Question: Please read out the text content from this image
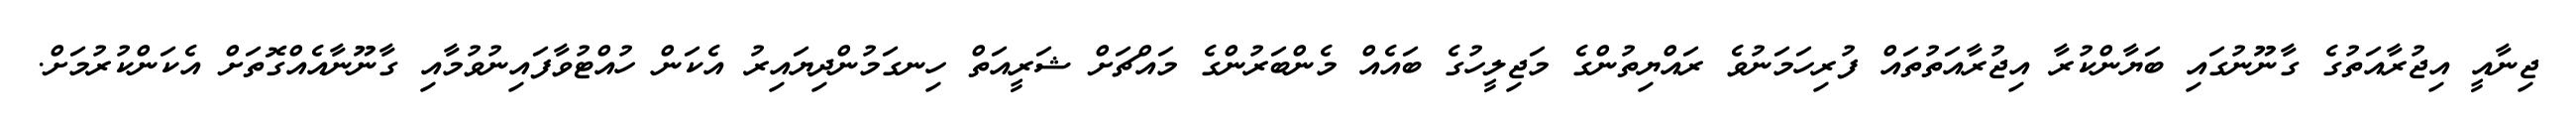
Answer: ޖިނާއީ އިޖުރާއަތުގެ ގާނޫނުގައި ބަޔާންކުރާ އިޖުރާއަތުތައް ފުރިހަމަނުވެ ރައްޔިތުންގެ މަޖިލީހުގެ ބައެއް މެންބަރުންގެ މައްޗަށް ޝަރީއަތް ހިނގަމުންދިޔައިރު އެކަން ހުއްޓުވާފައިނުވުމާއި ގާނޫނާއެއްގޮތަށް އެކަންކުރުމަށް.